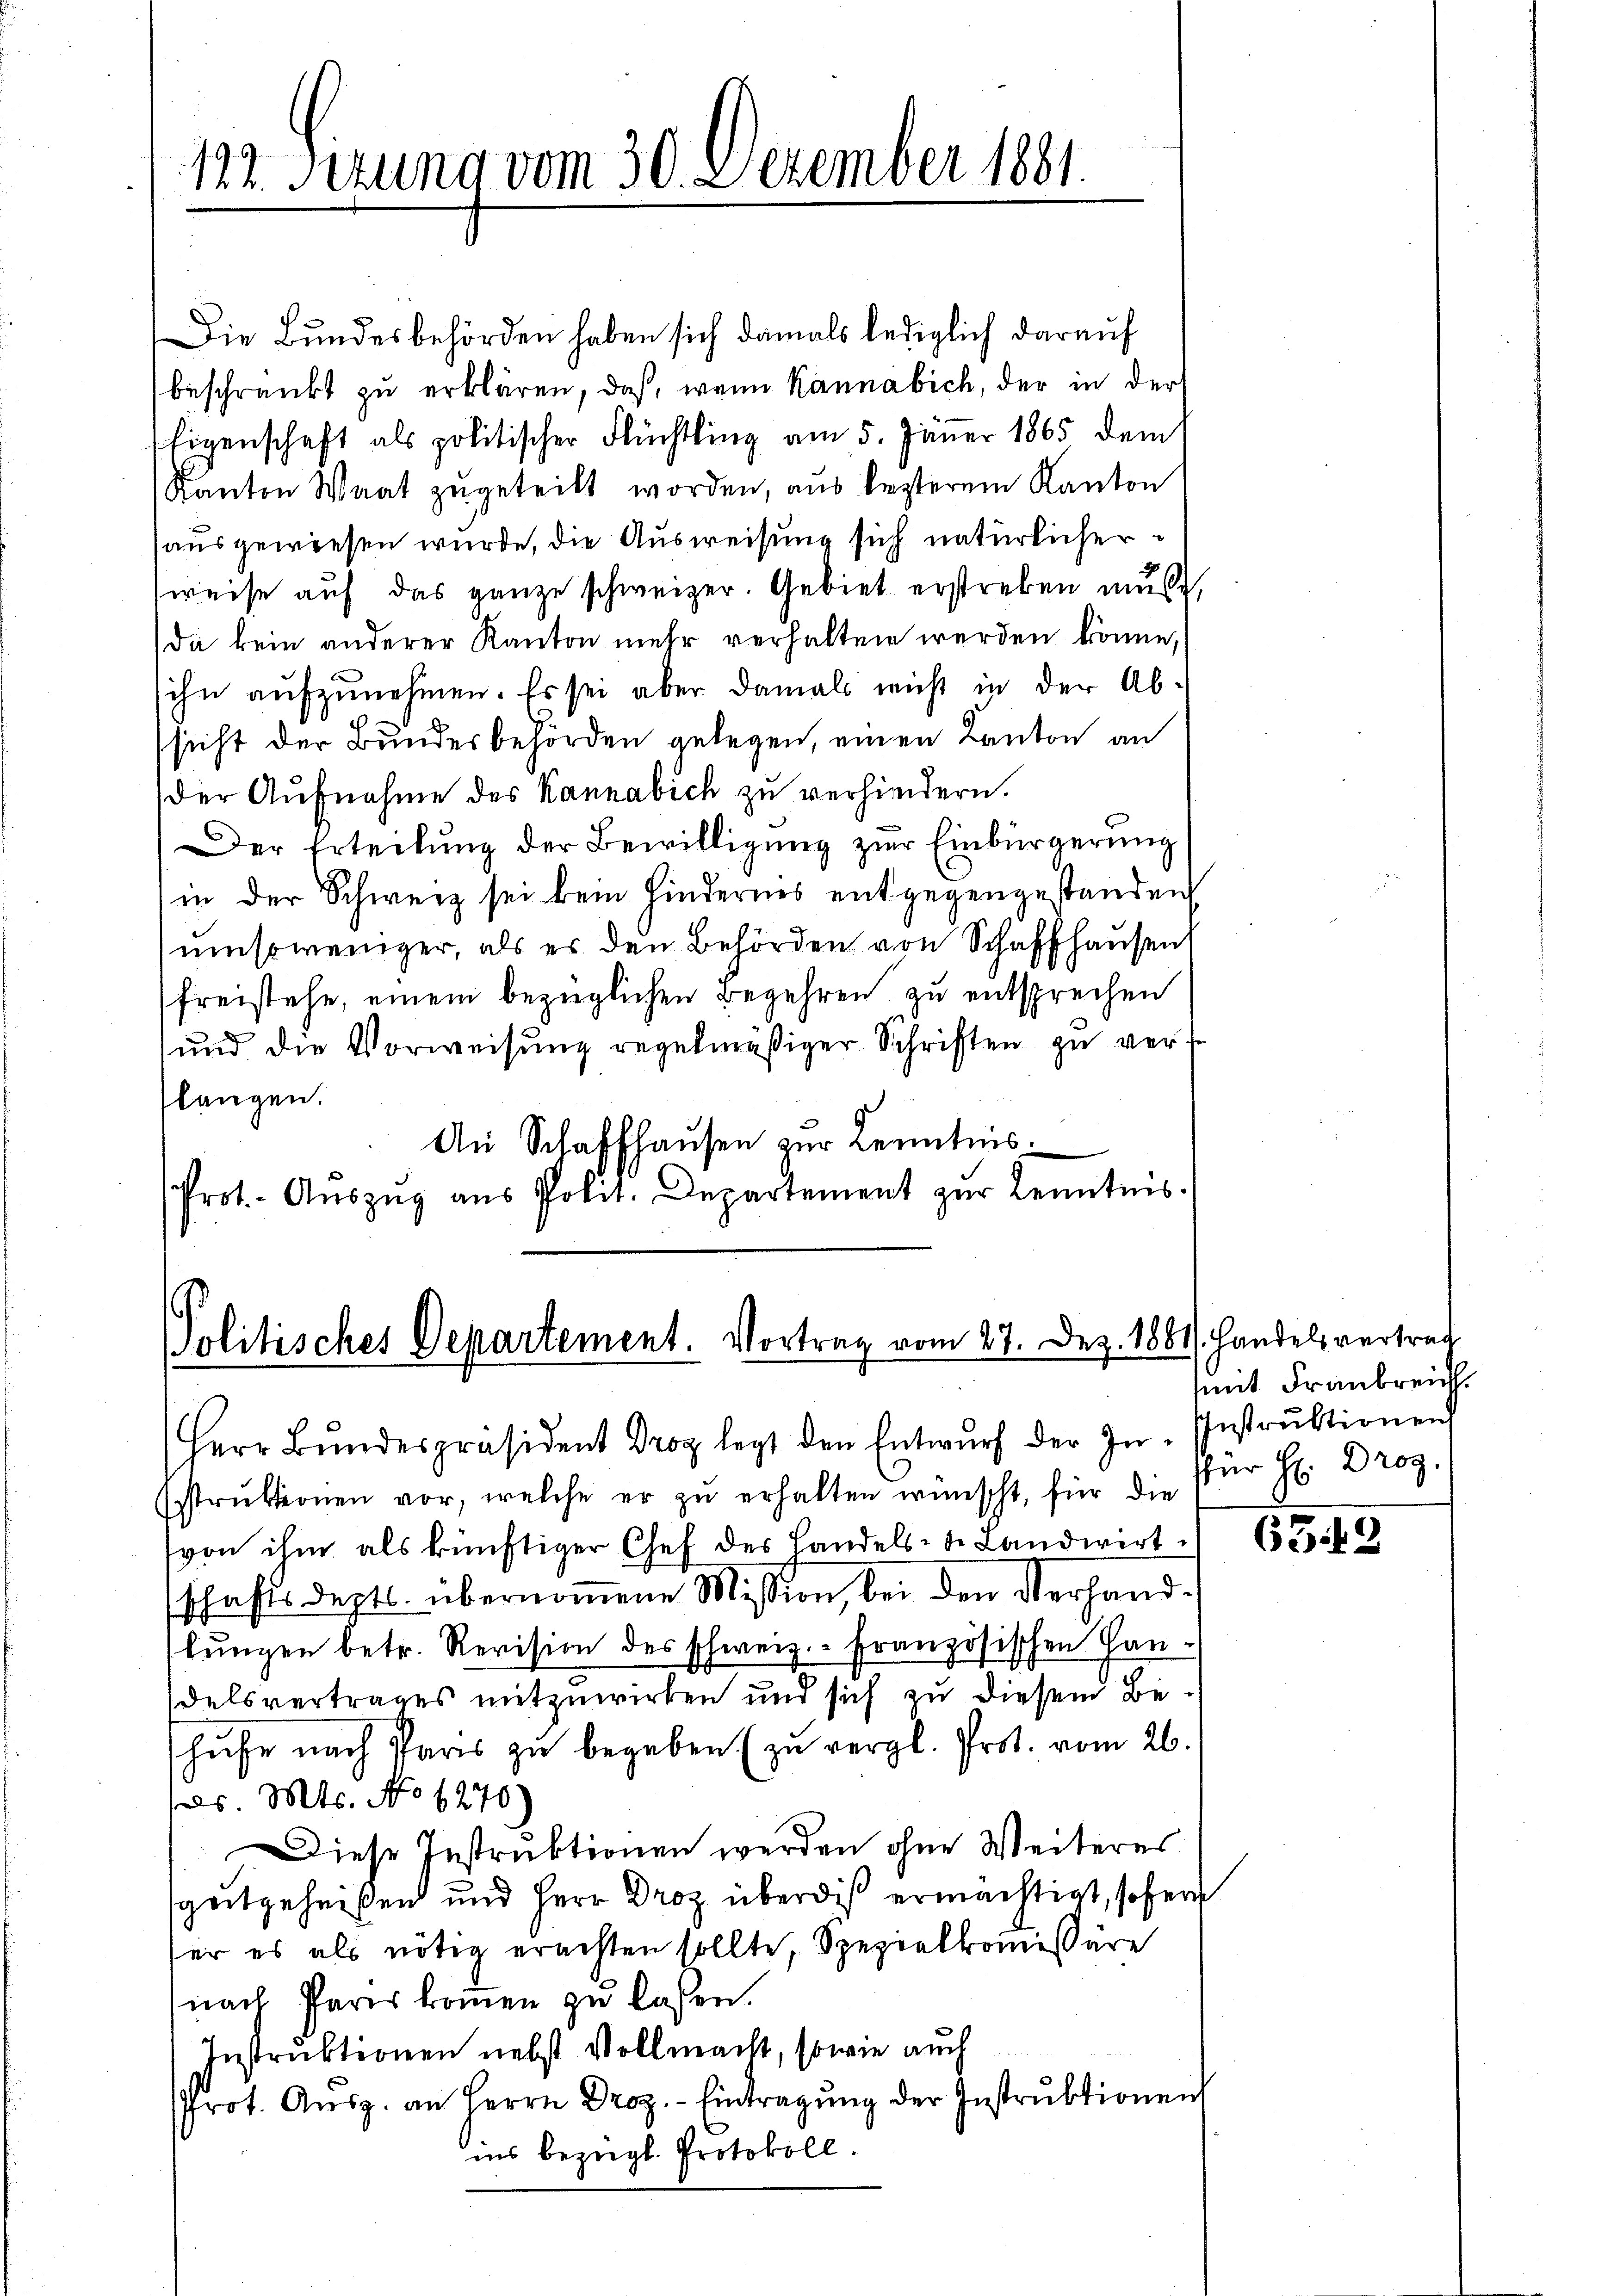
129. Sizung vom 30. Dezember 1881.

Die Bundesbehörden haben sich damals lediglich darauf
beschränkt zu erklären, daß, wenn kannabich, der in der
Eigenschaft als politischer Flüchtling am 5. Jäner 1865 dem
Kanton Waat zugeteilt worden, aus besterem Kanton
ausgewiesen wurde, die Ausweisung sich natürlicher
weise auf das ganze schweizer. Gebiet erstreben muß,
da kein anderer Kanton mehr verhalten werden könne,
ihn aufzunehmen. Es sei aber damals nicht in der Absicht der Bundesbehörden gelegen, einen Kanton an
Der Aufnahme des Kannabich zu verhindern.
Der Erteilung der Bewilligung zur Einbürgerung
in der Schweiz sei kein Hindernis entgegengestanden
umsoweniger, als es den Behörden von Schaffhausen
freistehe, einem bezüglichen Begehren zu entsprechen
und die Vorweisung regelmäßiger Schriften zu verf
flangen.
An Schaffhausen zur Kenntnis.
Prot. Aŭszŭg aŭs Polit. Departement zur Kenntnis

Politisches Departement. Vortrag vom 27. Dez. 1881). Handelsvertrag

Herr Bŭndespräsident Drog legt den Entwŭrf der In-Instrŭktionen
struktionen vor, welche er zu erhalten wünscht, für die
von ihm als künftiger Chef des Handels- u. Landwirt. 635
schaftsdepts. übernommene Mission, bei den Verhandlungen betr. Revision des schweiz.- Französischen Handelsvertrages mitzuwirken und sich zu diesem Beschufe nach Paris zu begeben (zu vergl. Prot. vom 26.
ls. Mts. No 1276)
Diese Instruktionen werden ohne Weiteres
szeitgeheißen und Herr Droz überdis ermächtigt, sofer
ser es als nötig erachten sollte, Spezialkommissäre
nach Pares kommen zu lassen.
Instruktionen nebst Vollmacht, sowie auch
Prot. Aŭsz. an Herrn Droz.- Eintragŭng der Instrŭktionen
ins bezügl. Protokoll.

mit Frankreich
für H: Droz.